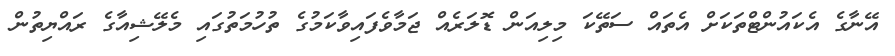
އޭނާގެ އެކައުންޓްތަކަށް އެތައް ސަތޭކަ މިލިއަން ޑޮލަރެއް ޖަމާވެފައިވާކަމުގެ ތުހުމަތުގައި މެލޭޝިއާގެ ރައްޔިތުން